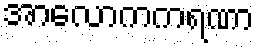
အာလောကကရဏာ